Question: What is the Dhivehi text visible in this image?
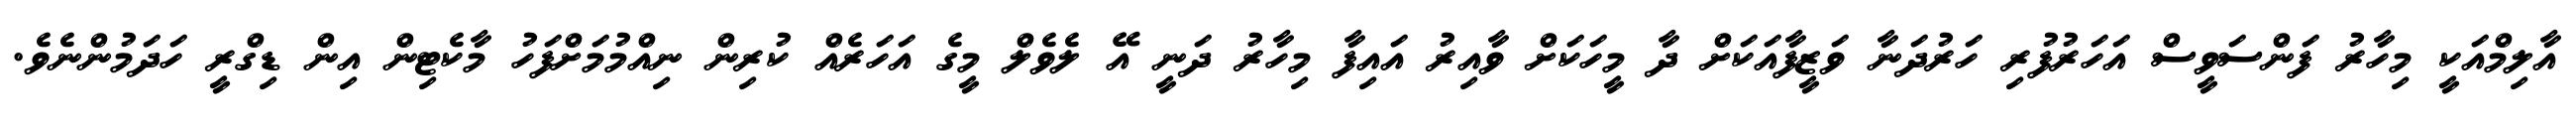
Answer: އާލިމްއަކީ މިހާރު ފަންސަވީސް އަހަރުފުރި ހަރުދަނާ ވަޒީފާއަކަށް ދާ މީހަކަށް ވާއިރު އައިފާ މިހާރު ދަނީ އޭ ލެވެލް މީގެ އަހަރެއް ކުރިން ނިއްމުމަށްފަހު މާކެޓިން އިން ޑިގްރީ ހަދަމުންނެވެ.